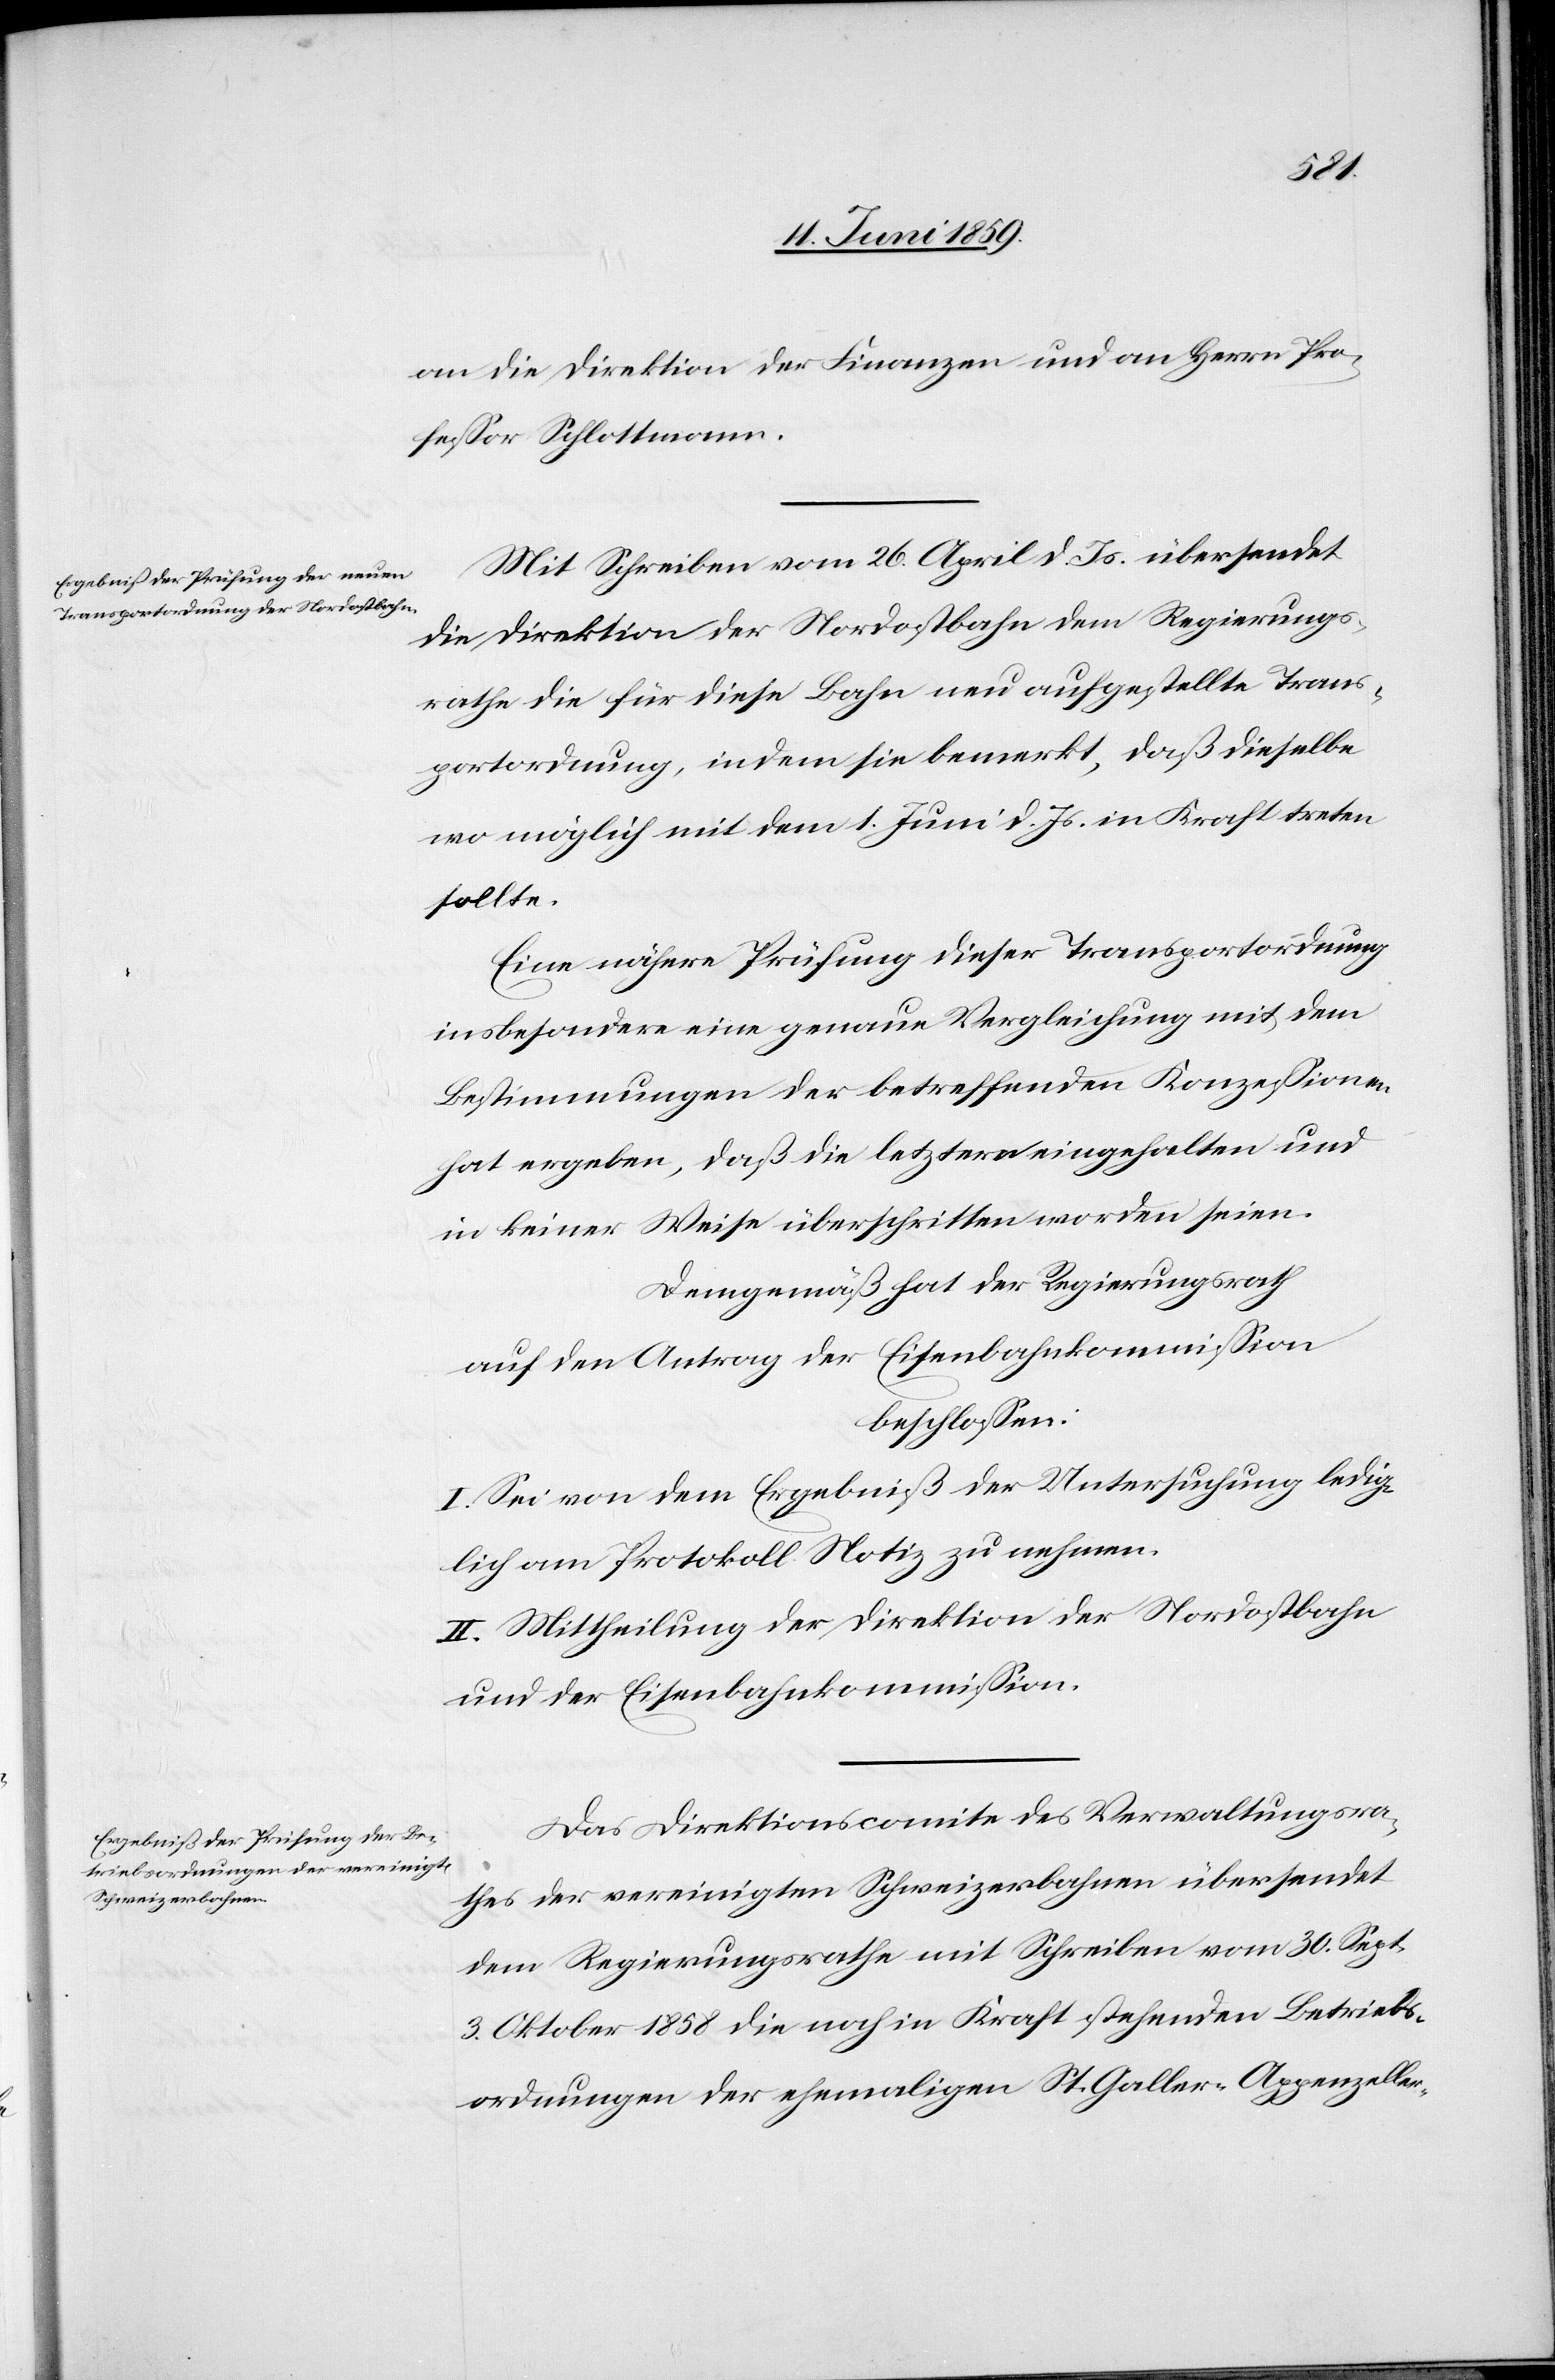
an die Direktion der Finanzen und an Herrn Pro¬
fessor Schlottmann.
Mit Schreiben vom 26. April d. Js. übersendet
die Direktion der Nordostbahn dem Regierungs¬
rathe die für diese Bahn neu aufgestellte Trans¬
portordnung, indem sie bemerkt, daß dieselbe
wo möglich mit dem 1. Juni d. Js. in Kraft treten
sollte.
Eine nähere Prüfung dieser Transportordnung
insbesondere eine genaue Vergleichung mit dem
Bestimmungen der betreffenden Konzessionen
hat ergebenen, daß die letztere eingehalten und
in keiner Weise überschritten worden seien.
Demgemäß hat der Regierungsrath
auf den Antrag der Eisenbahnkommission
beschlossen:
I. Sei von dem Ergebniß der Untersuchung ledig¬
lich am Protokoll Notiz zu nehmen.
II. Mittheilung der Direktion der Nordostbahn
und der Eisenbahnkommission.
Das Direktionscomite des Verwaltungsra¬
thes der vereinigten Schweizerbahnen übersendet
dem Regierungsrathe mit Schreiben vom 30. Sept.
3. Oktober 1858 die noch in Kraft stehenden Betriebs¬
ordnungen der ehemaligen St. Galler- Appenzeller-